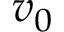
v _ { 0 }